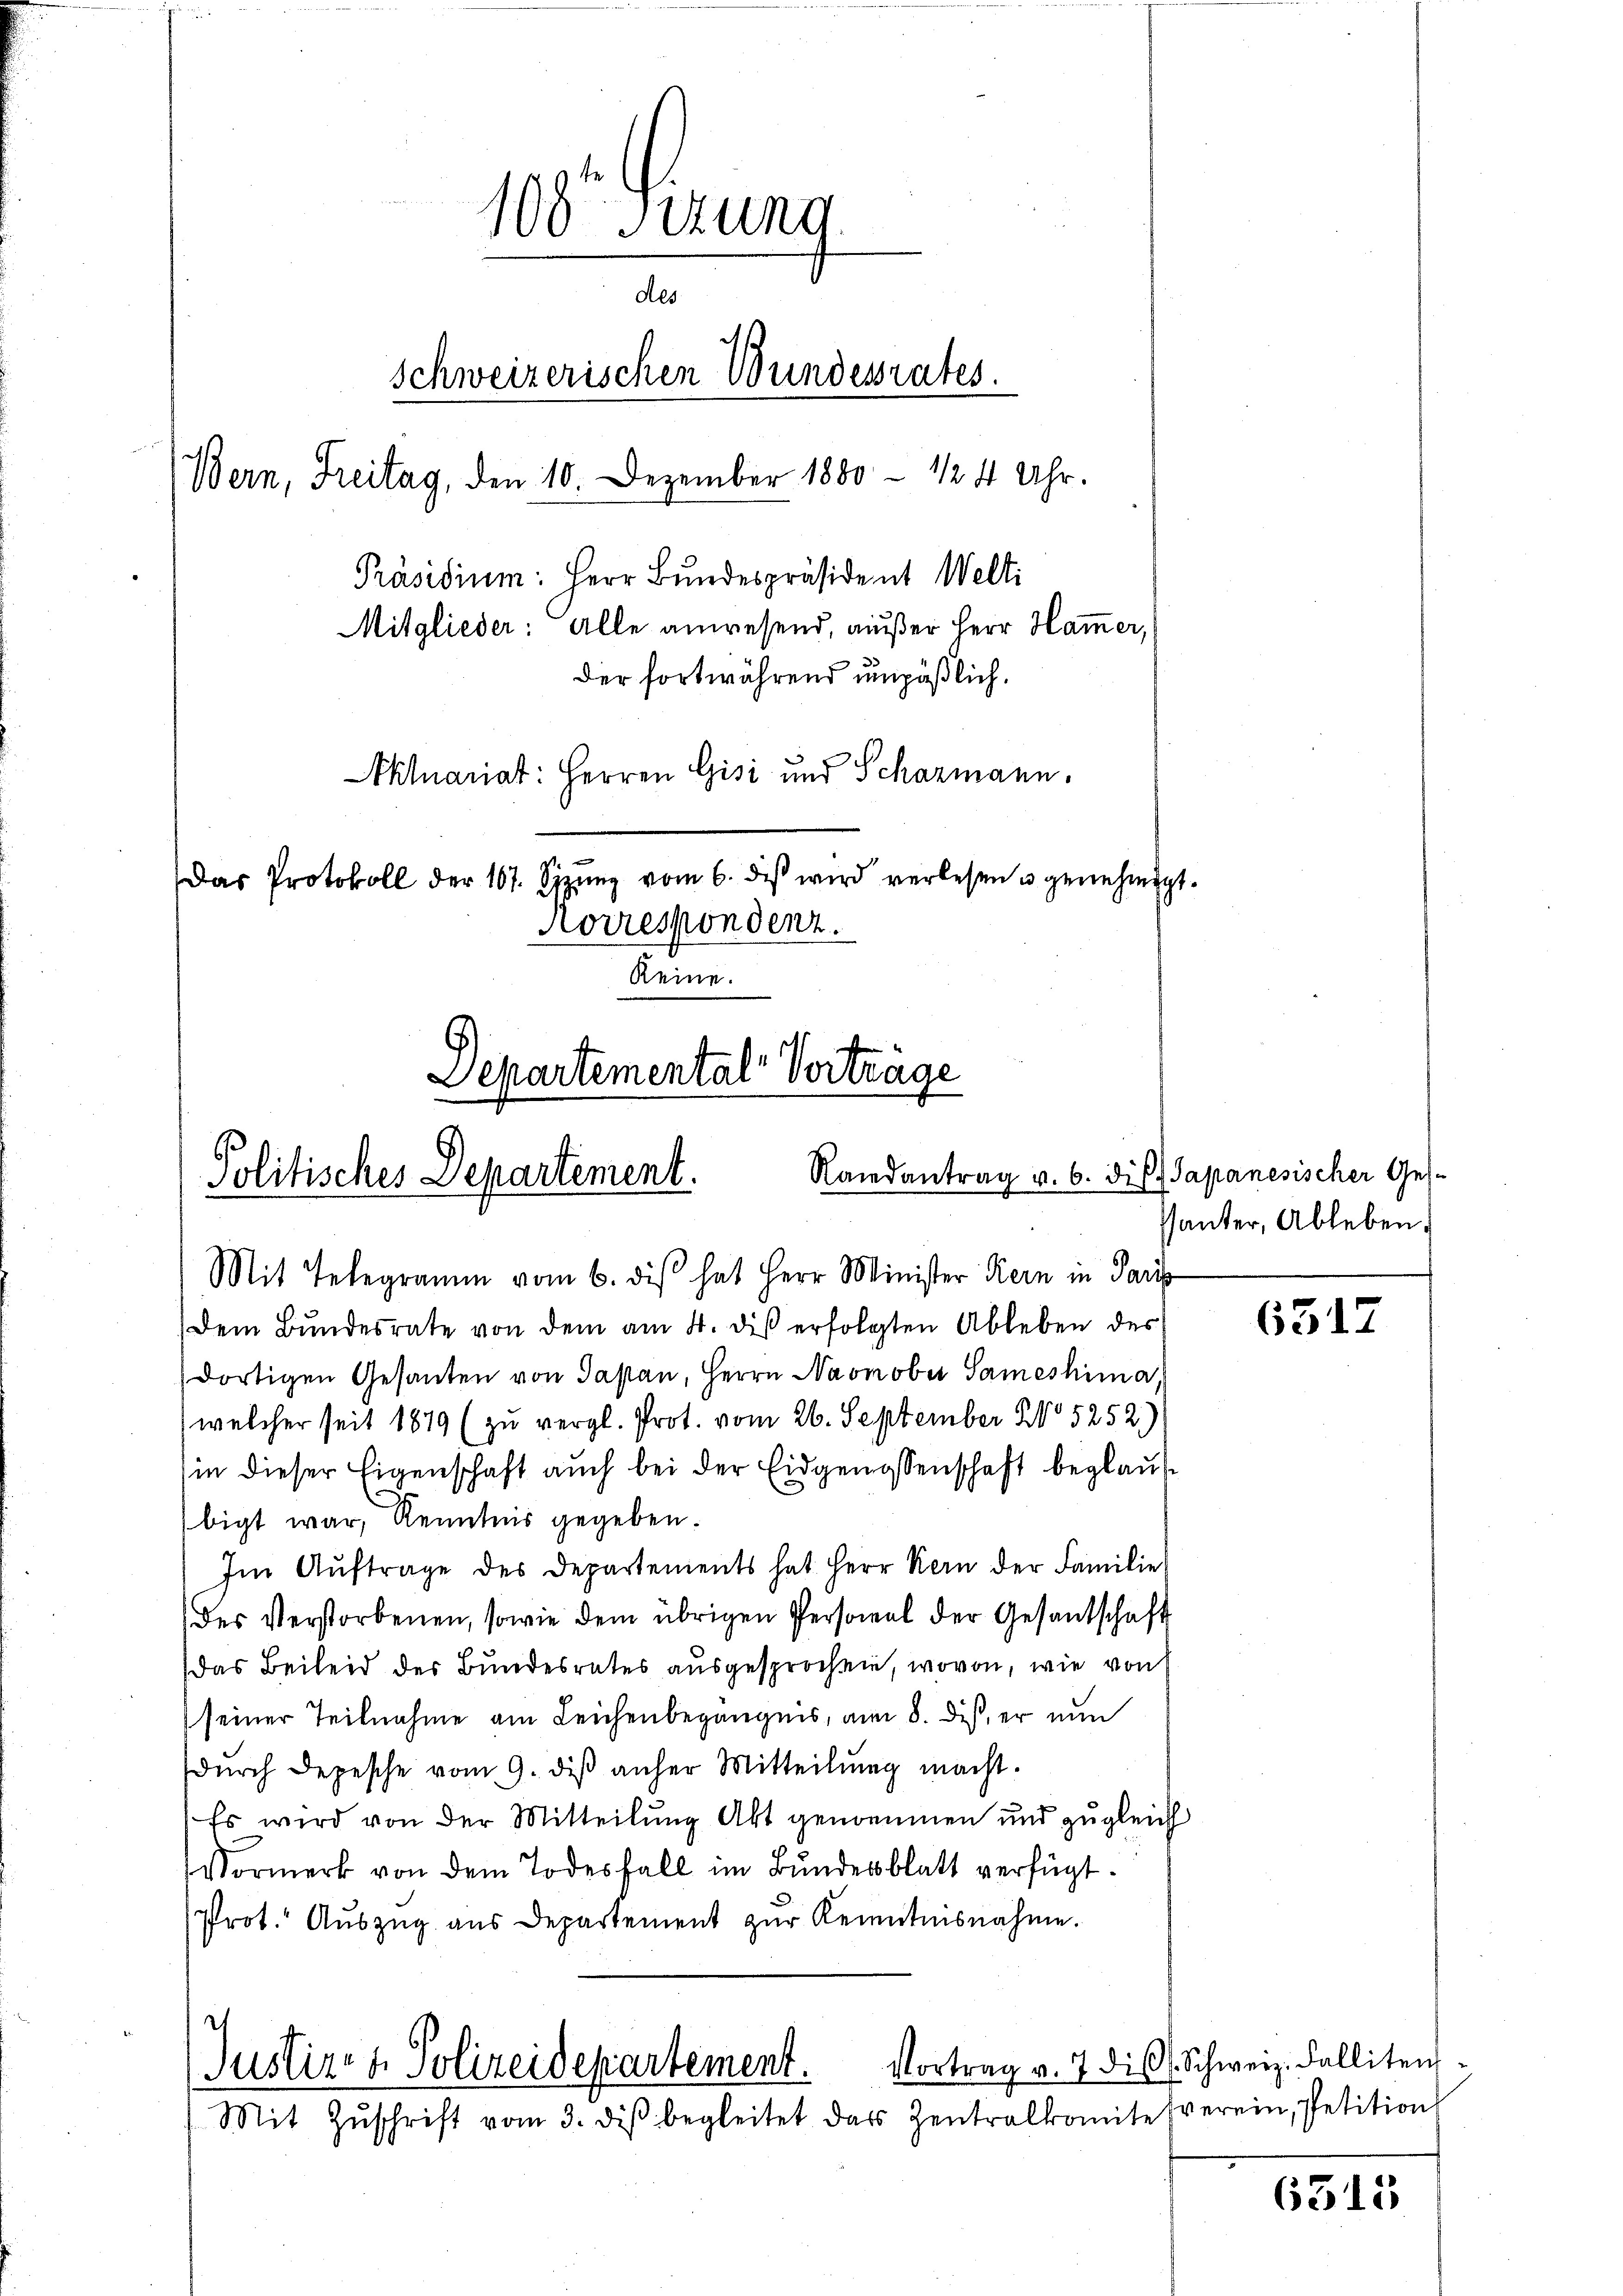
100 sizung
des
schweizerischen Wundesrates.
Bern, Freitag, den 10. Dezember 1880 - 12 4 Uhr.
Präsidium: Herr Bundespräsident Welti
Mitglieder: Alle anwesend, außer Herr Hamer,
der fortwährend unpäßlich.
Aktuariat: Herren Gisi und Schazmann.
Das Protokoll der 167. Sizŭng vom 6. des wird verlesen u. genehmigt.
Korrespondenz.
Reine.
Departemental- Vorträge

Randantrag v. 6. dies
Politisches Departement.
Mit Telegramm vom 6. dis hat Herr Minister Kern in Pari

Dem Bŭndesrate von dem am 4. dis erfolgten Ableben des
dortigen Gesanten von Japan, Herrn Naonober Sameshima,
welcher seit 1879 (zu vergl. Prot. vom 26. September No 5252)
in dieser Eigenschaft auch bei der Eidgenossenschaft beglaubigt war, Kenntnis gegeben.
Im Aŭftrage des Departements hat Herr Kern der Familie
des Verstorbenen, sowie dem übrigen Personal der Gesandschaft
Das Beileid der Bundesrates ausgesprochen, wovon, wie von
seiner Teilnahme am Leichenbegängnis, am 8. diß, er nun
dŭrch Depesche vom 9. diβ anher Mitteilŭng macht.
Es wird von der Mitteilung Akt genommen und zugleich
Vormerk von dem Todesfall im Bundesblatt verfügt.
Prot. Auszug aus Departement zur Kenntnisnahme.

Justiz- & Polizeidepartement.
Mit Zŭschrift vom 3. diβ begleitet das Zentralkomitesverein, Petition

Japanesischer Ges.
santer, Ableben

6517

Vortrag v. 7 die l. Schweiz. Falliten-

6313